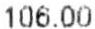
106.00